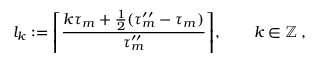
l _ { k } : = \mathopen { } \mathclose \bgroup \left\lceil \frac { k \tau _ { m } + \frac 1 2 ( \tau _ { m } ^ { \prime \prime } - \tau _ { m } ) } { \tau _ { m } ^ { \prime \prime } } \aftergroup \egroup \right\rceil , \qquad k \in \ensuremath { \mathbb { Z } } \, ,